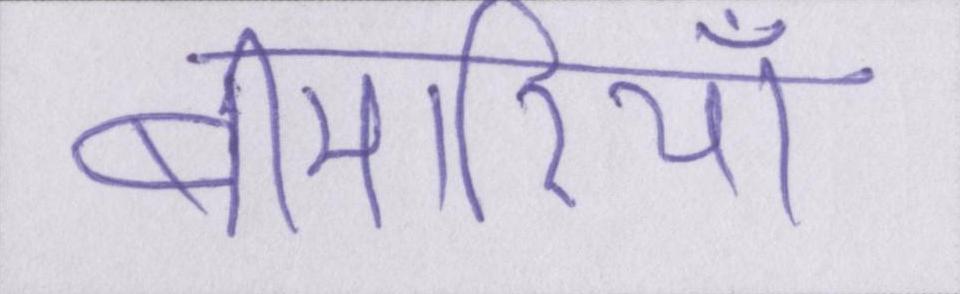
बीमारियाँ